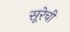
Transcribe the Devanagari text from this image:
सूरेची